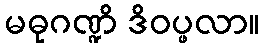
မဓုဂဏ္ဍိ ဒိဝပ္ဖလာ။